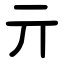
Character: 亓